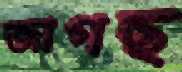
জাগছ